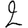
Digit: 2